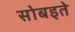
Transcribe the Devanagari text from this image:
सोबइते